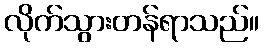
လိုက်သွားတန်ရာသည်။